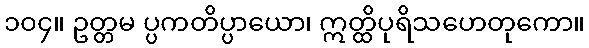
၁၀၄။ ဥတ္တမ ပ္ပကတိပ္ပာယော၊ ဣတ္ထိပုရိသဟေတုကော။